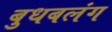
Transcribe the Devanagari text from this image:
बुधबलंग